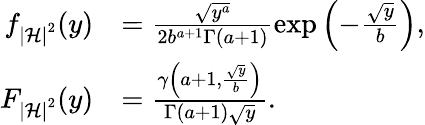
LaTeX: \begin{array}{rl}{f_{\left|\mathcal{H}\right|^{2}}(y)}&{=\frac{\sqrt{y^{a}}}{2b^{a+1}\Gamma(a+1)}\exp\left({-\frac{\sqrt{y}}{b}}\right),}\\ {F_{\left|\mathcal{H}\right|^{2}}(y)}&{=\frac{\gamma\left({a+1,\frac{\sqrt{y}}{b}}\right)}{\Gamma\left({a+1}\right)\sqrt{y}}.}\end{array}